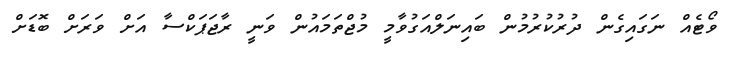
ވޯޓެއް ނަގަައިގެން ދުރުުކުރުމުން ބައިނަލްއަގުވާމީ މުޖްތަމައުން ވަނީ ރާޖަޕަކްސާ އަށް ވަރަށް ބޮޑަށް